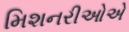
મિશનરીઓએ